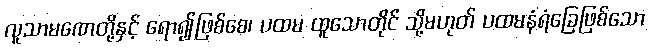
လူသာမဏေတို့နှင့် ရော၍ဖြစ်စေ၊ ပထမ ထူသောတိုင် သို့မဟုတ် ပထမနံရံခြေဖြစ်သော